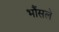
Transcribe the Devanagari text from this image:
भौंसले